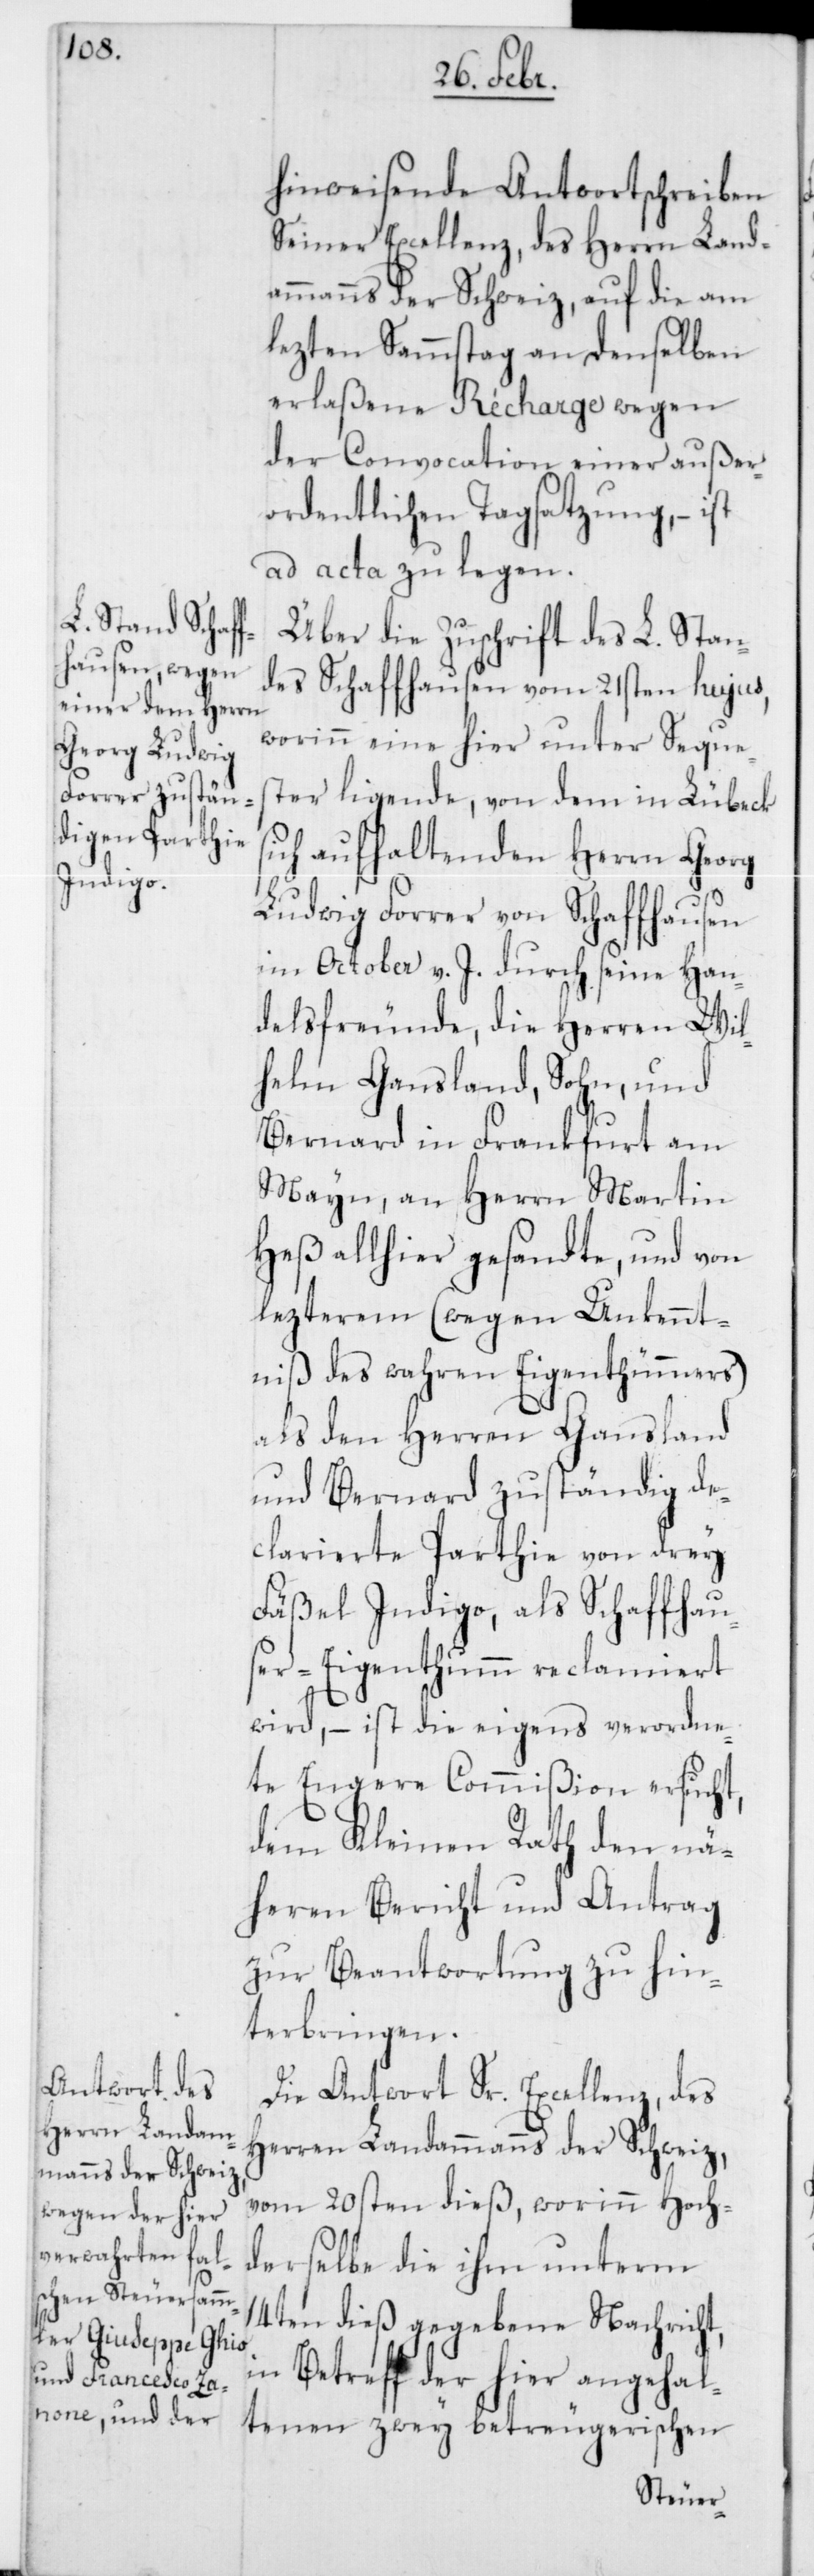
hinweisende Antwortschreiben
Seiner Excellenz, des Herrn Land¬
ammanns der Schweiz, auf die am
lezten Sammstag an denselben
erlaßene Recharge wegen
der Convocation einer außer¬
ordentlichen Tagsatzung, – ist
ad acta zu legen.
Über die Zuschrift des L. Stan¬
des Schaffhausen vom 21sten hujus,
worinn eine hier unter Seques¬
ter ligende, von dem in Lübeck
sich aufhaltenden Herrn Georg
Ludwig Forrer von Schaffhausen
im October v. J. durch seine Han¬
delsfreunde, die Herren Wil¬
helm Gansland, Sohn, und
Bernhard in Frankfurt am
Mayn, an Herrn Martin
Heß allhier gesandte, und von
lezterem (wegen Unkennt¬
niß des wahren Eigentümers)
als den Herren Gansland
und Bernard zuständig de¬
clarierte Parthie von drey
Fäßel Indigo, als Schaffhaus¬
er-Eigenthum reclamiert
wird, – ist die eigens verordne¬
te Engere Commißion ersucht,
dem Kleinen Rath den nä¬
heren Bericht und Antrag
zur Beantwortung zu hin¬
terbringen.
Die Antwort Sr. Excellenz, des
Herren Landammanns der Schweiz,
vom 20sten dieß, worinn Hoch¬
derselbe die ihm unterm
14ten dieß gegebene Nachricht,
in Betreff der hier angehal¬
tenen zwey betrügerischen